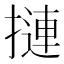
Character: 摙